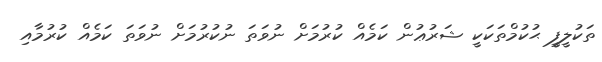
ތަކުލީފީ ޙުކުމްތަކަކީ ޝަރުޢުން ކަމެއް ކުރުމަށް ނުވަތަ ނުކުރުމަށް ނުވަތަ ކަމެއް ކުރުމާއި